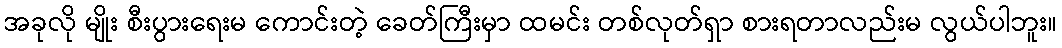
အခုလို မျိုး စီးပွားရေးမ ကောင်းတဲ့ ခေတ်ကြီးမှာ ထမင်း တစ်လုတ်ရှာ စားရတာလည်းမ လွယ်ပါဘူး။